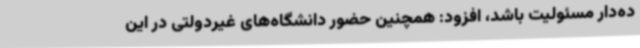
ده‌دار مسئولیت باشد، افزود: همچنین حضور دانشگاه‌های غیردولتی در این